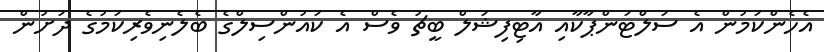
އެހެންކަމުން އެ ސަލްޓަންޕާކާއި އާޓިފިޝަލް ބީޗު ވެސް އެ ކައުންސިލްގެ ބެލެނިވެރިކަމުގެ ދަށުން